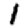
Digit: 1